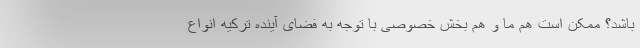
باشد؟ ممکن است هم ما و هم بخش خصوصی با توجه به فضای آینده ترکیه انواع